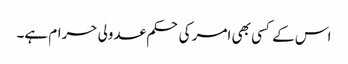
اس کے کسی بھی امر کی حکم عدولی حرام ہے۔